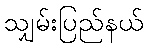
သျှမ်းပြည်နယ်